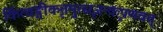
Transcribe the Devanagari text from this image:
किंत्वङ्गीकृतमुत्सृजन्कृपणवत्